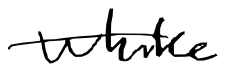
Text: while
Cross-out: single-line
Writing tool: digital_black